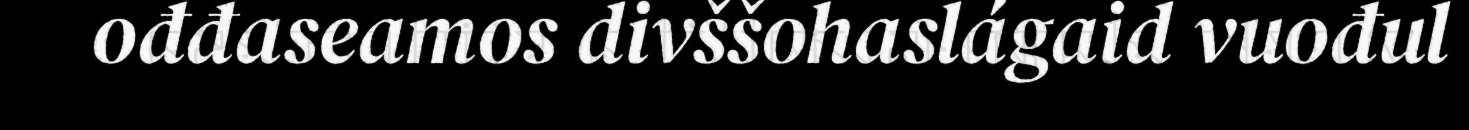
ođđaseamos divššohaslágaid vuođul